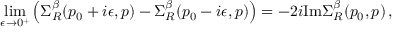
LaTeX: \operatorname * { l i m } _ { \epsilon \to 0 ^ { + } } \left( \Sigma _ { R } ^ { \beta } ( p _ { 0 } + i \epsilon , p ) - \Sigma _ { R } ^ { \beta } ( p _ { 0 } - i \epsilon , p ) \right) = - 2 i \mathrm { I m } \Sigma _ { R } ^ { \beta } ( p _ { 0 } , p ) \, ,